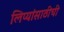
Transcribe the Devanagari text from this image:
लिप्यांसाठीची